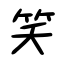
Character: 笑